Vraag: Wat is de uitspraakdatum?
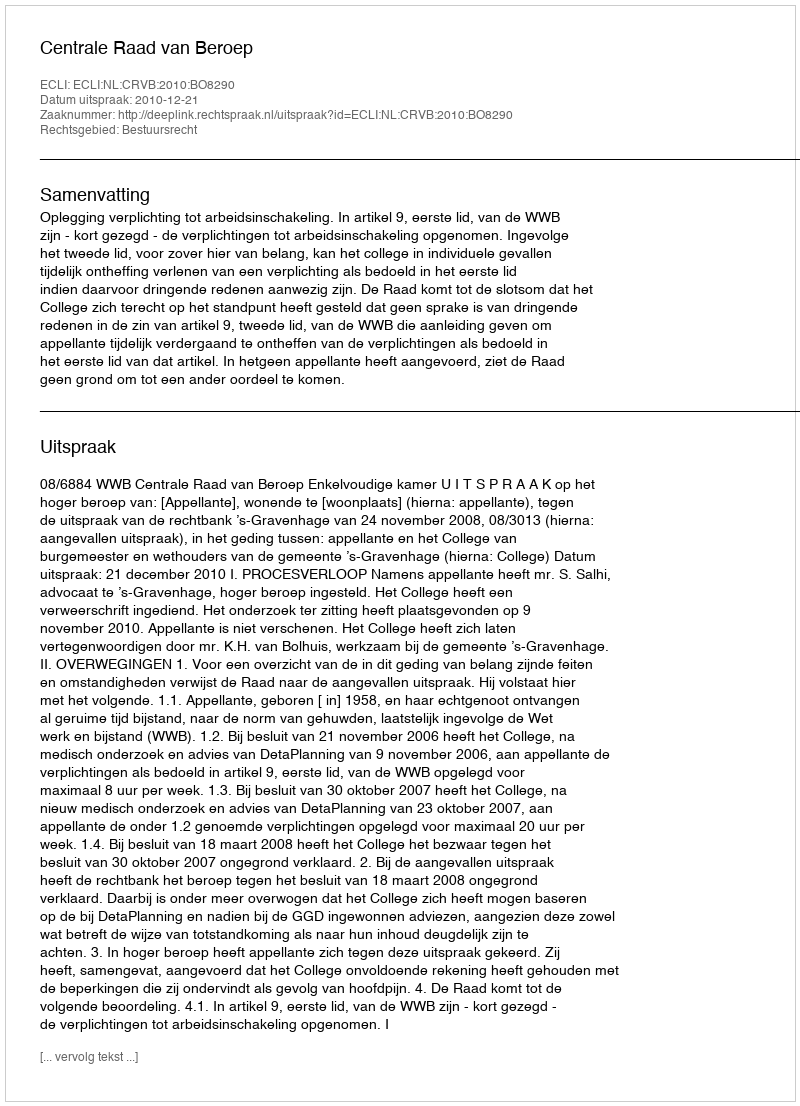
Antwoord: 2010-12-21